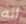
انه